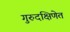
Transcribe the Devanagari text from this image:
गुरुदक्षिणेत